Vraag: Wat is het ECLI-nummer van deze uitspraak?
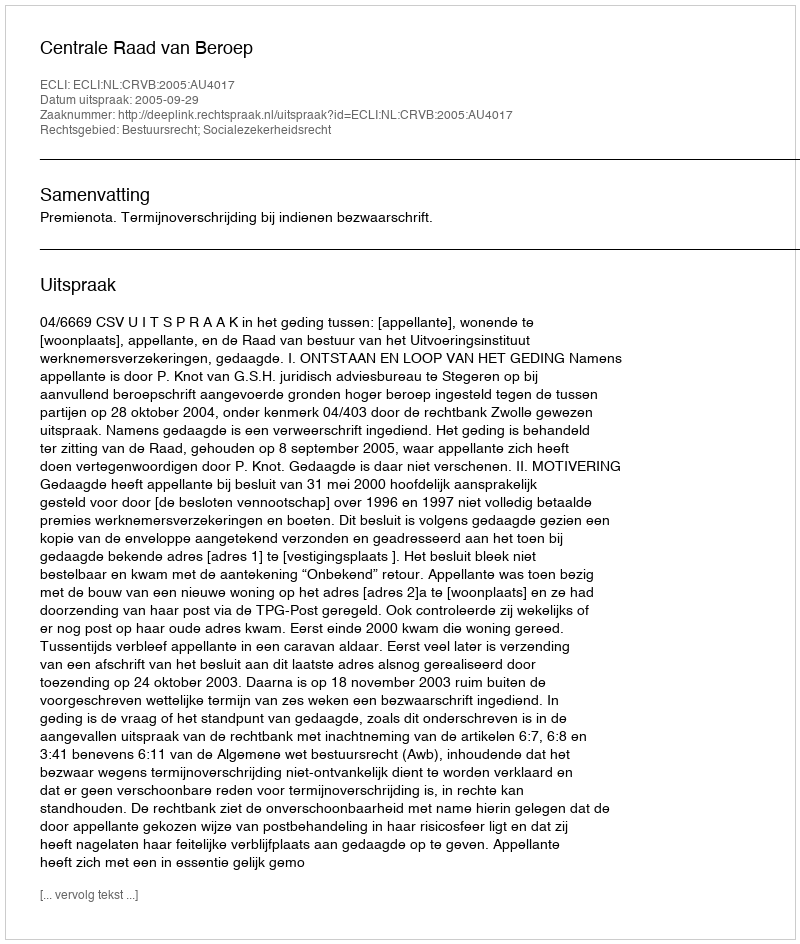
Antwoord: ECLI:NL:CRVB:2005:AU4017